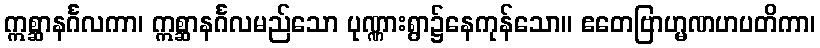
ဣစ္ဆာနင်္ဂလကာ၊ ဣစ္ဆာနင်္ဂလမည်သော ပုဏ္ဏားရွာ၌နေကုန်သော။ ဧတေဗြာဟ္မဏဟပတိကာ၊